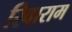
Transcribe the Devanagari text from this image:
रिवाराम